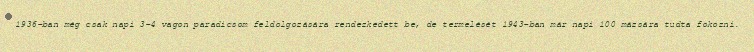
1936-ban még csak napi 3-4 vagon paradicsom feldolgozására rendezkedett be, de termelését 1943-ban már napi 100 mázsára tudta fokozni.